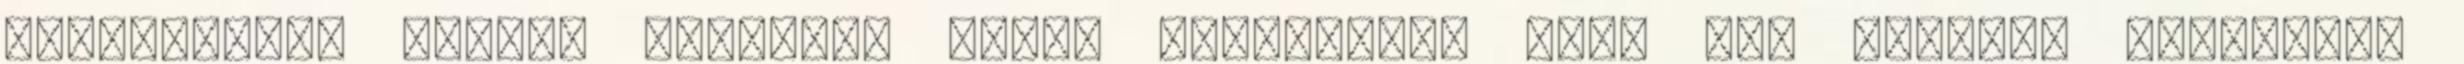
veszekedett lármát csapott, mikor kongattak, hogy fel kellett ébrednie.